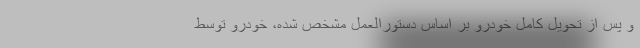
و پس از تحویل کامل خودرو بر اساس دستورالعمل مشخص شده، خودرو توسط